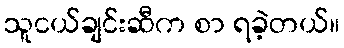
သူငယ်ချင်းဆီက စာ ရခဲ့တယ်။